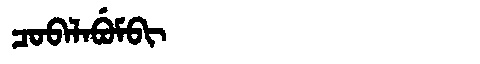
Manchu: ᠴᠣᠪᠠᠯᠠᠪᡠᠮᠪᡳ
Romanization: COBALABUMBI